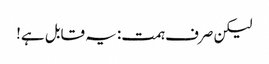
لیکن صرف ہمت: یہ قابل ہے!